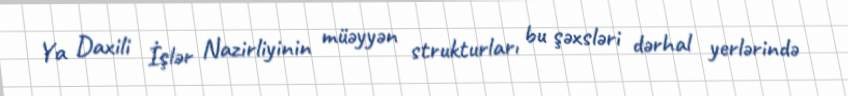
Ya Daxili İşlər Nazirliyinin müəyyən strukturları bu şəxsləri dərhal yerlərində